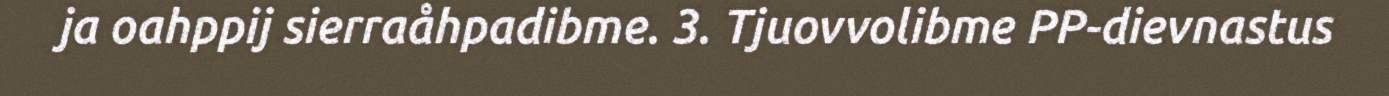
ja oahppij sierraåhpadibme. 3. Tjuovvolibme PP-dievnastus